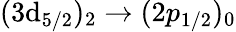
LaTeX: (3\mathrm{d}_{5/2})_{2}\rightarrow(2p_{1/2})_{0}